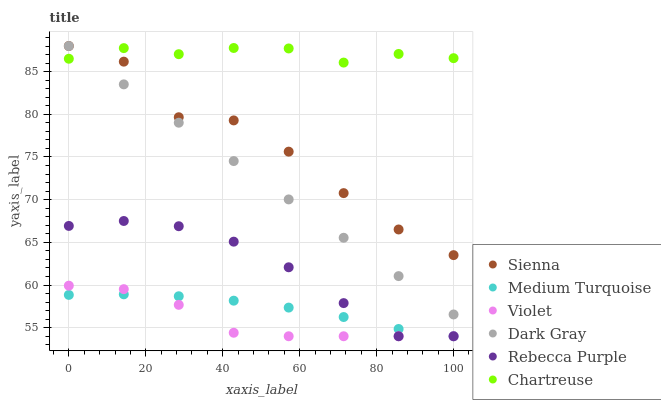
| xaxis_label | Sienna | Medium Turquoise | Violet | Dark Gray | Rebecca Purple | Chartreuse |
 | --- | --- | --- | --- | --- | --- | --- |
 | 0 | 88 | 58.8 | 59.9 | 88 | 66.9 | 86.5 |
 | 14.3 | 86.2 | 58.9 | 59.5 | 83.5 | 67.5 | 87.8 |
 | 28.6 | 79.7 | 58.7 | 57.7 | 79 | 66.9 | 87 |
 | 42.9 | 79.3 | 58.2 | 54.4 | 74.5 | 65.1 | 87.8 |
 | 57.1 | 75.6 | 57.4 | 54 | 70 | 62.1 | 87.7 |
 | 71.4 | 70.8 | 56.3 | 54 | 65.5 | 57.9 | 86.1 |
 | 85.7 | 66.5 | 54.9 | 54 | 61 | 54 | 87.1 |
 | 100 | 63.5 | 54 | 54 | 56.6 | 54 | 86.6 |